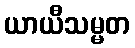
ယာယီသမ္မတ